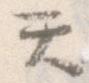
て